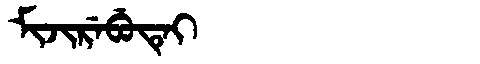
Manchu: ᠮᡳᠵᡳᡵᡝᠪᡠᡨᡝᡳ
Romanization: MIJIREBUTEI